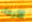
الأرجاء